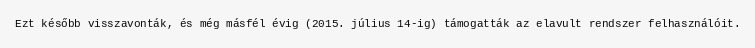
Ezt később visszavonták, és még másfél évig (2015. július 14-ig) támogatták az elavult rendszer felhasználóit.